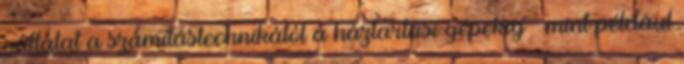
vállalat a számítástechnikától a háztartási gépekig – mint például